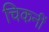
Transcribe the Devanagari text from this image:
चिकनीं